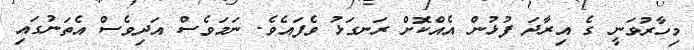
މިހާރުވަނީ ގެ އިރާދަ ފުޅުން އެއްކޮށް ރަނގަޅު ވެފައެވެ. ނަމަވެސް އަދިވެސް އެތަނުގައި